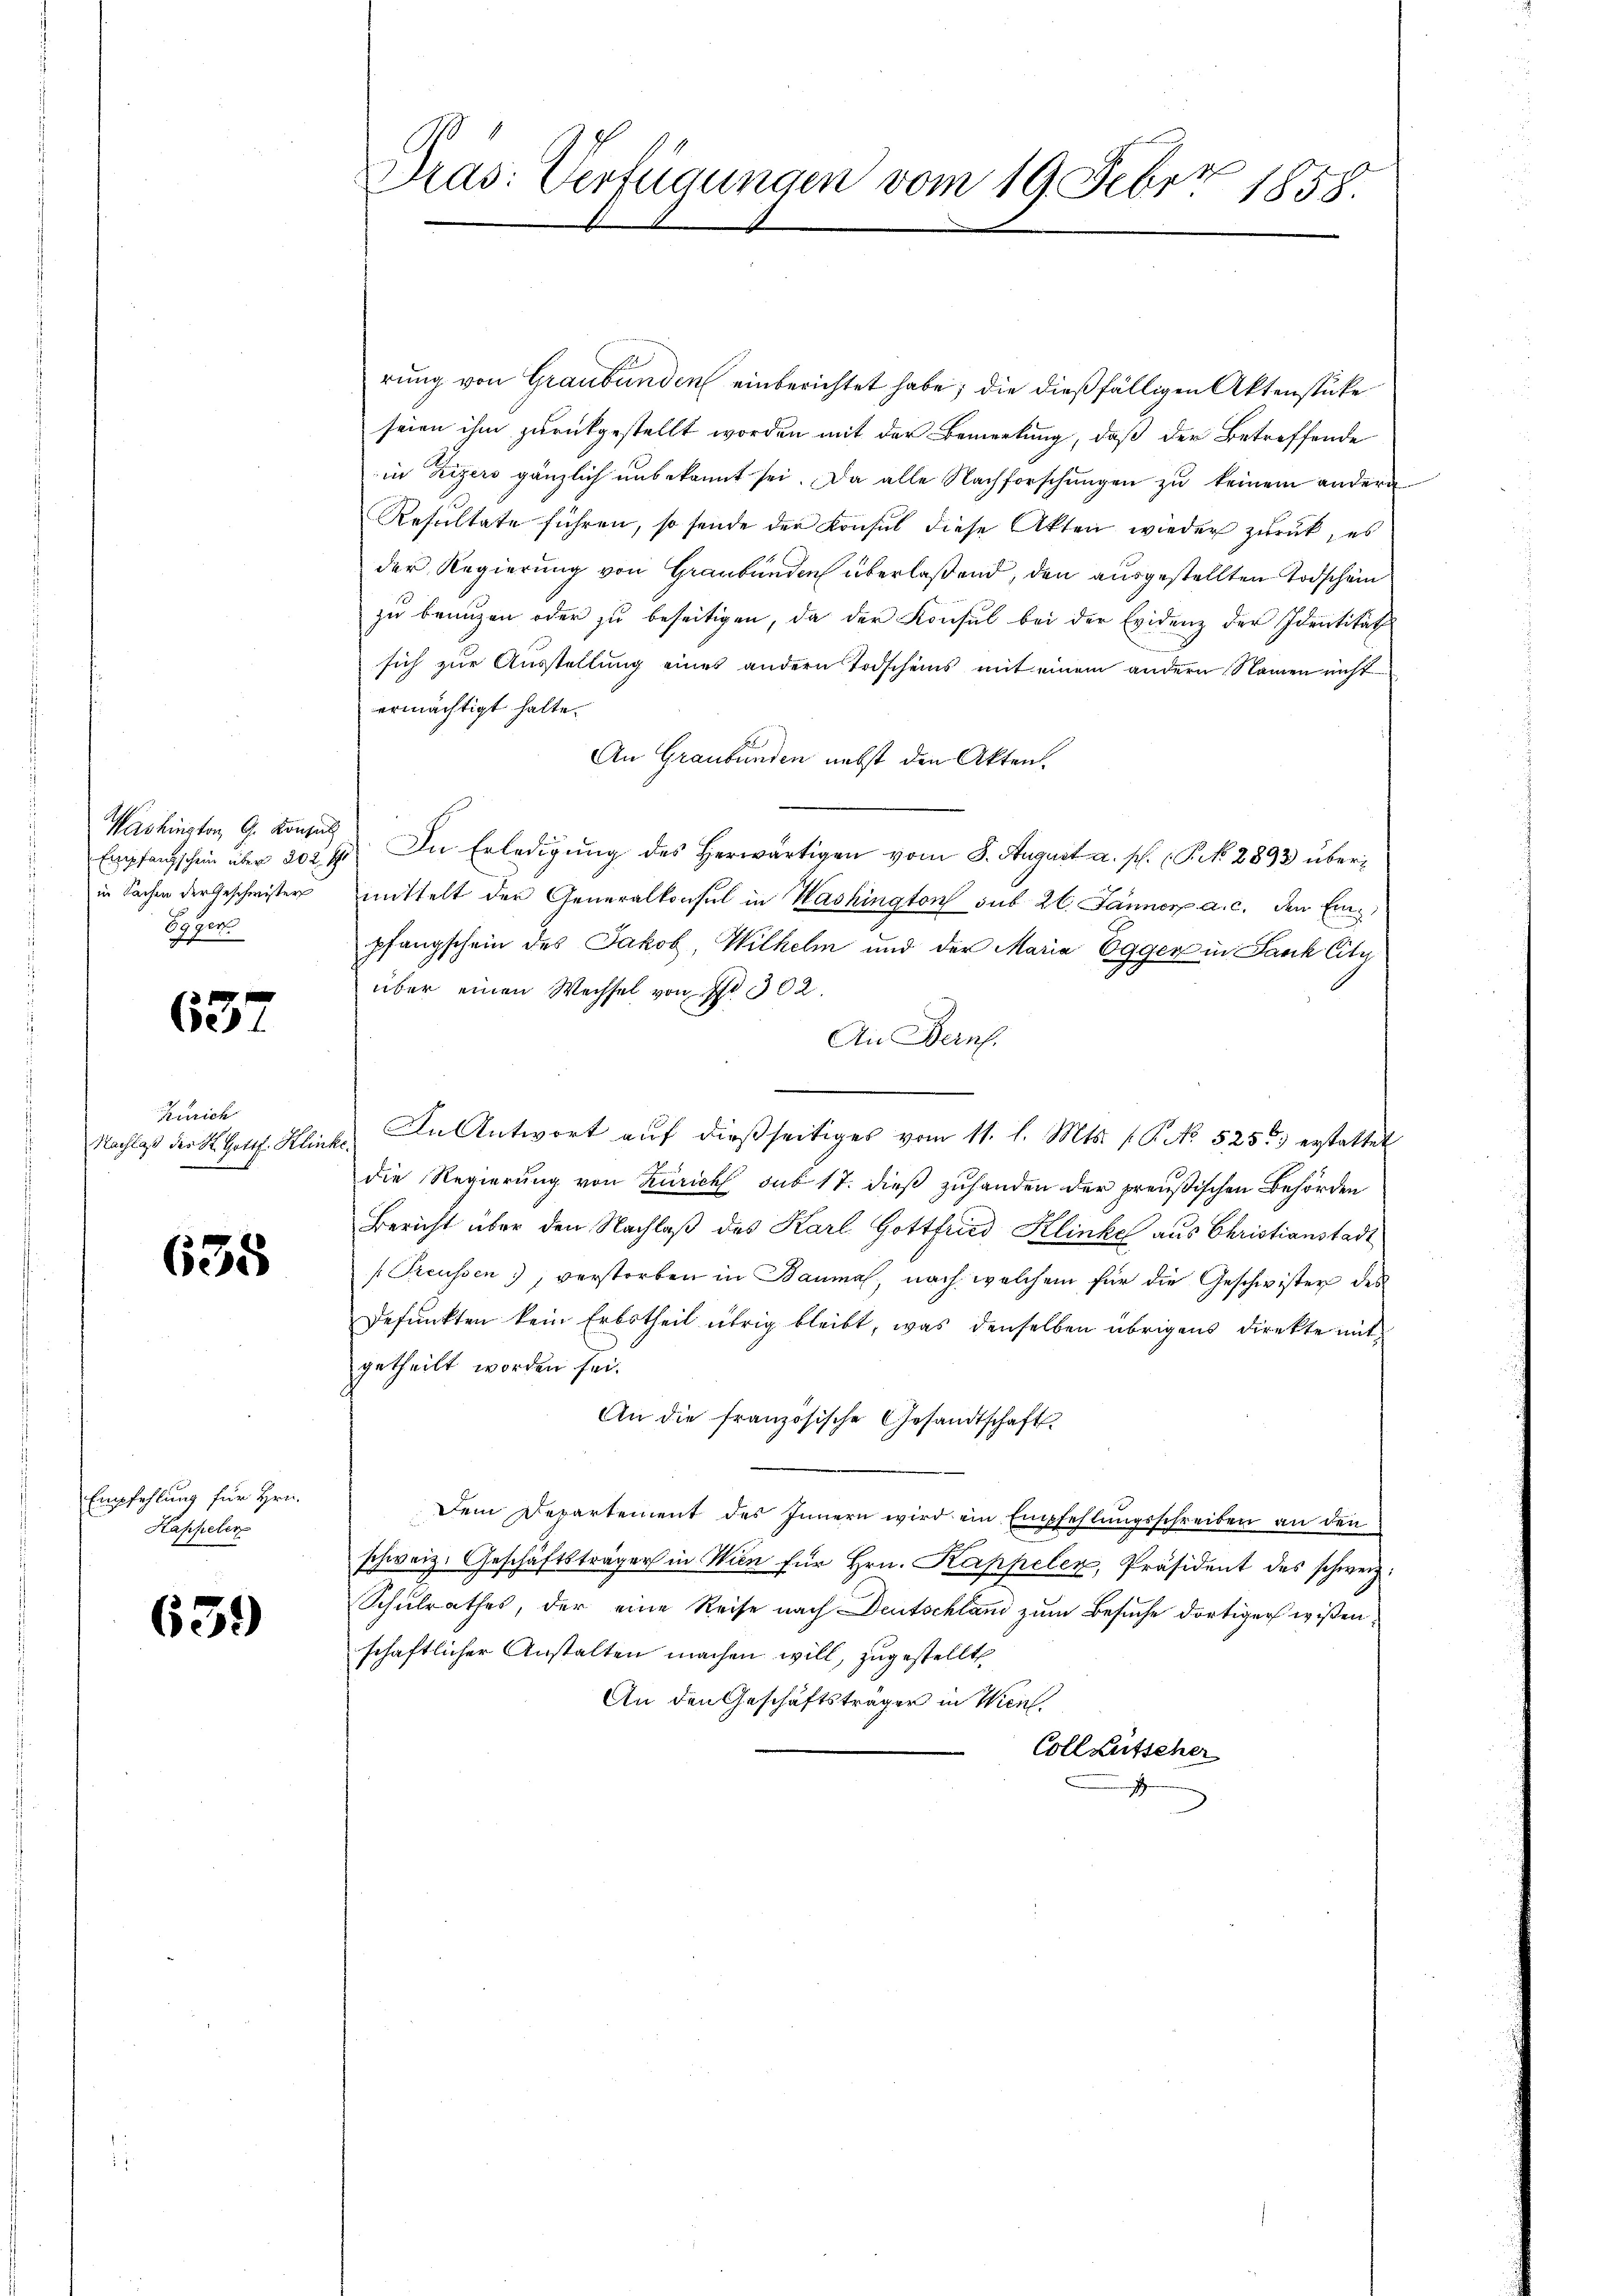
Washington G. Konsul
in Sachen der Geschwisters
sger
27. per

637

Rurich
Nachlaß der K. Gott. Klini

638

Empfehlung für Hrn.
Happeler

639

Pras: Verfügungen vom 19. Febr. 1858.

rung von Graubünden einberichtet habe; die dießfälligen Aktenstücke
seien ihm zurückgestellt worden mit der Bemerkung, daß der Betreffende
in Zizers gänzlich unbekannt sei. Da alle Nachforschŭngen zŭ keinem andern
Resultate führen, so sende der Konsul diese Akten wieder zurück, es
der Regierung von Graubünden überlaßend, den ausgestellten Todschein
zu benuzen oder zu beseitigen, da der Konsul bei der Evidenz der Identität
sich zur Ausstellung eines andern Todscheins mit einem andern Namen nicht
ermächtigt hatte.
An Graubünden nebst den Akten.
Empfangschein über 202. 41. In Erledigŭng des herwärtigen vom 8. August a. p. (S. 2893 übermittelt der Generalkonsul in Washington sub 26. Jänner a. c. den Einz
pfangschein des Jakob, Wilhelm und der Maria Egger in Lanck Cita
über einen Wechsel von No 302.
An Bern.
 In Antwort aŭf dießseitiges vom 11. l. Mts. f. No 525.) erstattet
die Regierung von Zürich sub 17. dieß zuhanden der preußischen Behörden
Bericht über den Nachlaß des Karl Gottfried Klinke aus Christianstadt
/Preussen, verstorben in Bauma, nach welchem für die Geschwister des
Defunkten kein Erbstheil übrig bleibt, was denselben übrigens direkte mit
getheilt worden sei.
An die französische Gesandtschaft
Dem Departement des Innern wird ein Empfehlungsschreiben an den
schweiz. Geschäftsträger in Wien für hrn. Kappeler, Präsident des schweiz.
Schulrathes, der eine Reise nach Deutschland zum Besuche dortiger wißenschaftlicher Anstalten machen will, zugestellt
An den Geschäftsträger in Wien
Coll Lütscher